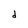
Character: d